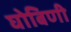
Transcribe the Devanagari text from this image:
घोबिणी